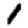
Digit: 1